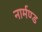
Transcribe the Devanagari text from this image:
नार्मण्ड